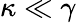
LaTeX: \kappa\ll\gamma